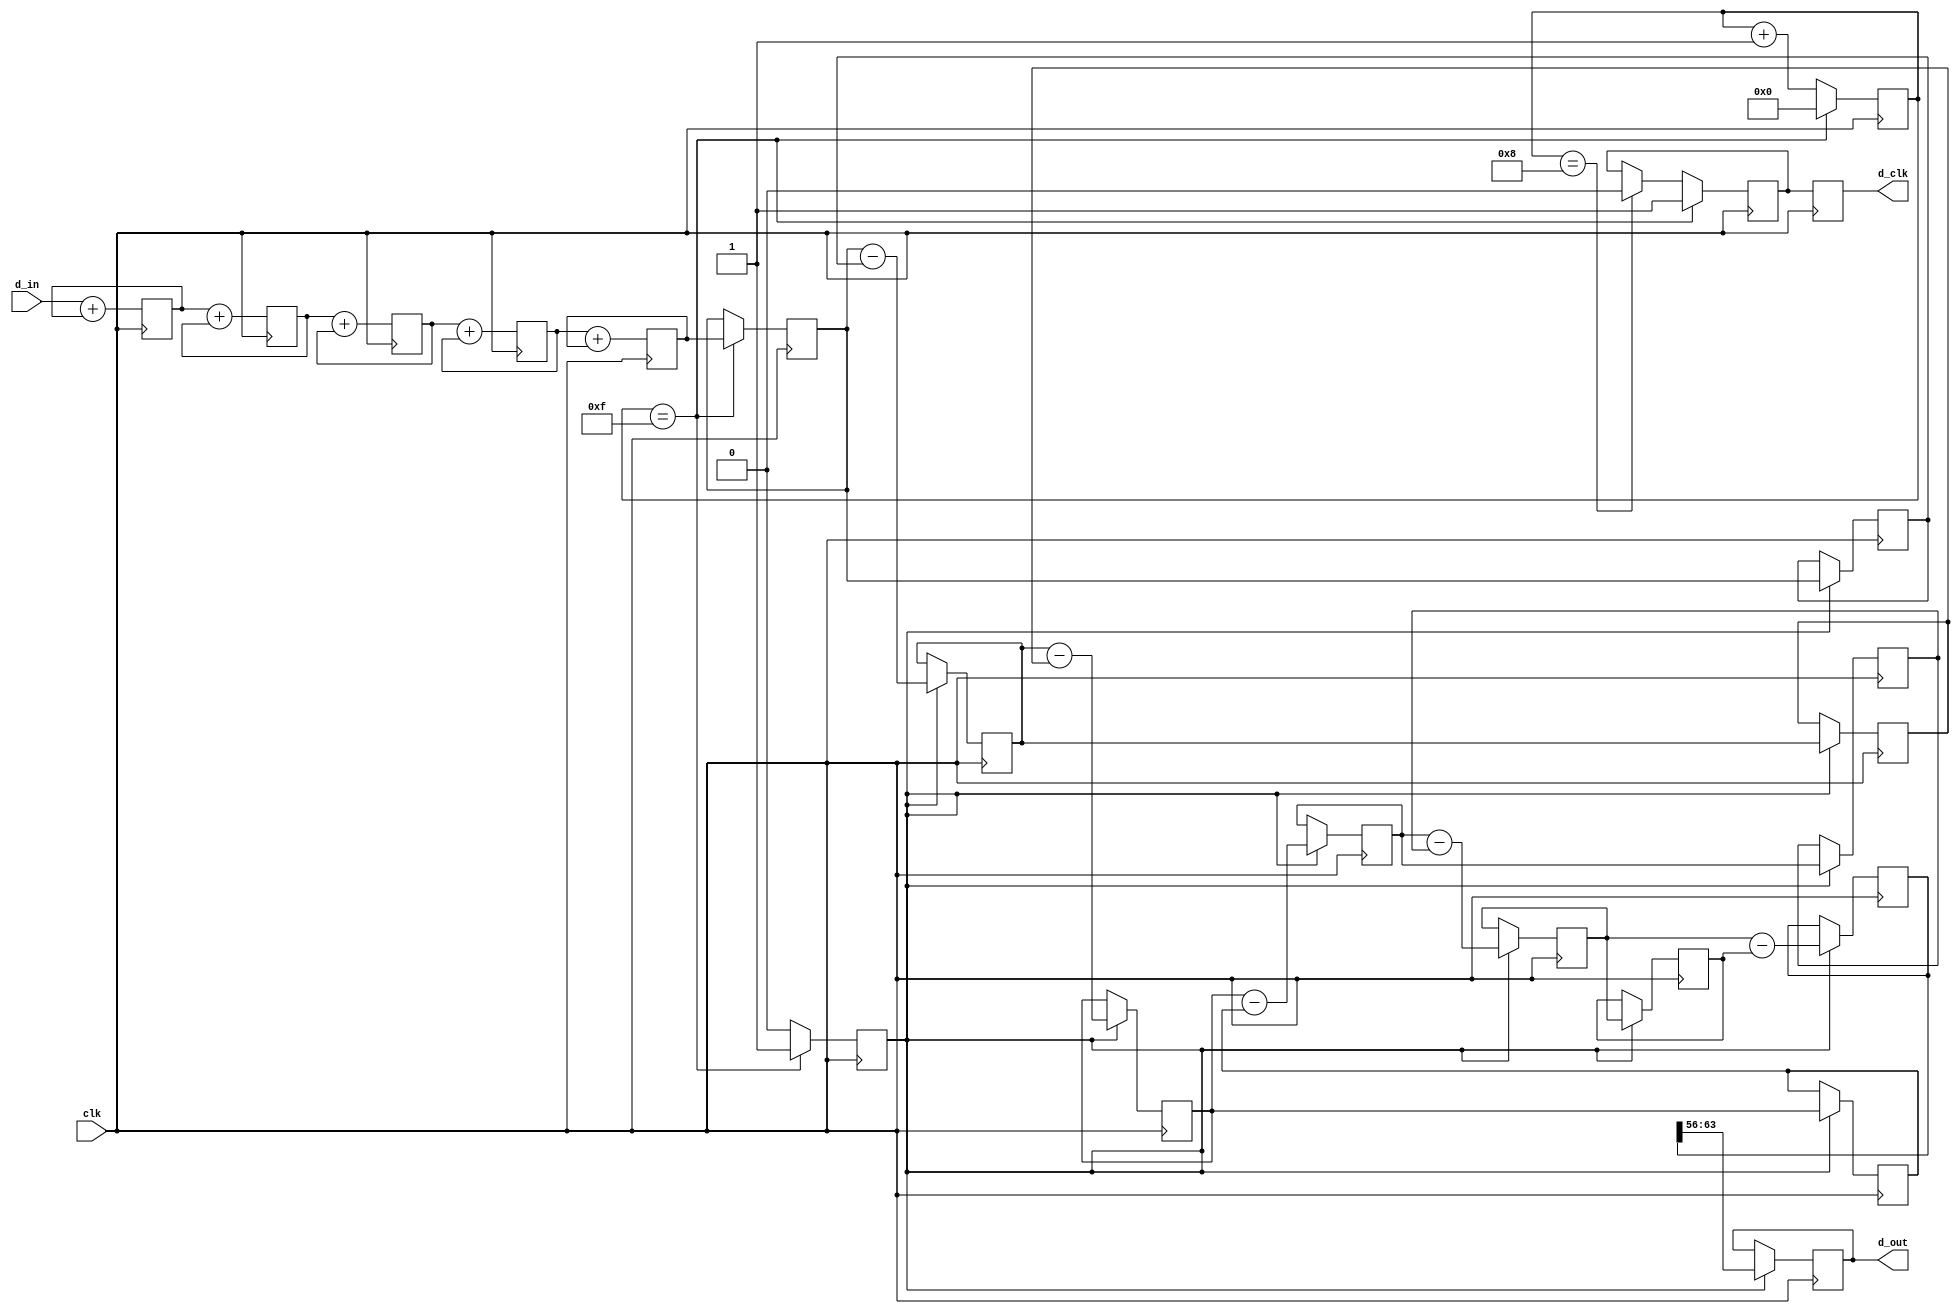
// https://www.embedded.com/design/configurable-systems/4006446/Understanding-cascaded-integrator-comb-filters
// https://github.com/ericgineer/CIC/blob/master/CIC.v
// https://westcoastdsp.wordpress.com/tag/cic-filter/
// https://www.dsprelated.com/thread/907/cic-filter
// http://home.mit.bme.hu/~kollar/papers/cic.pdf

/*
or a Q-stage CIC decimation-by-D filter (diff delay = 1) overflow errors are avoided if the number of integrator and comb register bit widths is at least

    register bit widths = number of bits in x(n) + {Qlog2(D)}

where x(n) is the input to the CIC filter, and {k} means that if k is not an integer, round it up to the next larger integer. For example, if a Q = 3-stage CIC decimation filter accepts one-bit binary input words from a sigma-delta A/D converter and the decimation factor is D = 64, binary overflow errors are avoided if the three integrator and three comb registers bit widths are no less than

    register bit widths = 1 + {3 log2(D)} = 1 + 3 6 = 19 bits.
	5 stadi, decimation 16384 (14 bit) 1 + 5 * 14 = 71 
	TODO: Per devo aggiungere 1 o 2 bit altrimenti audio satura/distorce.
	
*/




//width ok was 80
//module CIC #(parameter width = 64, decimation_ratio = 16)
module CIC 
			(input wire               clk,
			input wire signed [7:0]  d_in,
			output reg signed [7:0]  d_out,
			output reg 				 d_clk);

parameter width = 64;
parameter decimation_ratio = 16;

reg signed [width-1:0] d_tmp, d_d_tmp;


// Integrator stage registers

reg signed [width-1:0] d1;
reg signed [width-1:0] d2;
reg signed [width-1:0] d3;
reg signed [width-1:0] d4;
reg signed [width-1:0] d5;

// Comb stage registers

reg signed [width-1:0] d6, d_d6;
reg signed [width-1:0] d7, d_d7;
reg signed [width-1:0] d8, d_d8;
reg signed [width-1:0] d9, d_d9;
reg signed [width-1:0] d10;

reg signed [width-1:0] d_scaled;
reg [15:0] count;

reg v_comb;  // Valid signal for comb section running at output rate

reg d_clk_tmp;

 
	always @(posedge clk)
	begin
		
		
			// Integrator section
			d1 <= d_in + d1;
			
			d2 <= d1 + d2;
			
			d3 <= d2 + d3;
			
			d4 <= d3 + d4;
			
			d5 <= d4 + d5;
			
			// Decimation
			
			if (count == decimation_ratio - 1)
			begin
				count <= 16'b0;
				d_tmp <= d5;
				d_clk_tmp <= 1'b1;
				v_comb <= 1'b1;
			end else if (count == decimation_ratio >> 1)
			begin
				d_clk_tmp <= 1'b0;
				count <= count + 16'd1;
				v_comb <= 1'b0;
			end else
			begin
				count <= count + 16'd1;
				v_comb <= 1'b0;
			end
		
	end
	
	always @(posedge clk)  // Comb section running at output rate
	begin
		d_clk <= d_clk_tmp;
		
		
			if (v_comb)
			begin
				// Comb section
				d_d_tmp <= d_tmp;
				
				d6 <= d_tmp - d_d_tmp;
				d_d6 <= d6;

				d7 <= d6 - d_d6;
				d_d7 <= d7;

				d8 <= d7 - d_d7;
				d_d8 <= d8;

				d9 <= d8 - d_d8;
				d_d9 <= d9;

				d10 <= d9 - d_d9;
				
				d_scaled <= d10;// <<< 4;
			//	d_out <=  d_scaled >>> (width - 8);

				d_out <= d10 >>> (width - 8); // was (width - 6)
				//d_out[6:0] <= d10[50:44];
				//d_out[7] <= d10[57];						
		end
	end								
endmodule